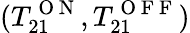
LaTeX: (T_{21}^{\mathrm{~O~N~}},T_{21}^{\mathrm{~O~F~F~}})